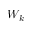
W _ { k }